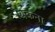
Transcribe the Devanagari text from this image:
बकना